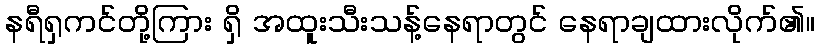
နရီရှကင်တို့ကြား ရှိ အထူးသီးသန့်နေရာတွင် နေရာချထားလိုက်၏။